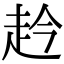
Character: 赺